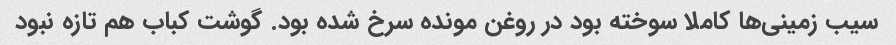
سیب زمینی‌ها کاملا سوخته بود در روغن مونده سرخ شده بود. گوشت کباب هم تازه نبود